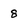
Character: 8